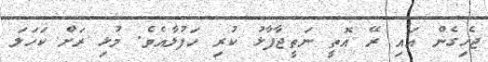
ޖެހިގެން އައި ރޭ އޮތީ ނަތީޖާފާޅު ކުރި ހަފުލާއެވެ. މުޅި ރަށް ކަހަލަ